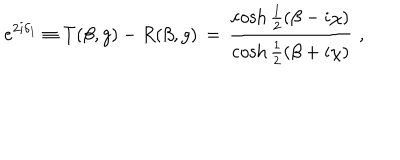
LaTeX: e ^ { 2 i \delta _ { 1 } } \equiv T ( \beta , g ) - R ( \beta , g ) \, = \, \frac { \cosh \frac { 1 } { 2 } \left( \beta - i \chi \right) } { \cosh \frac { 1 } { 2 } \left( \beta + i \chi \right) } \, \, ,